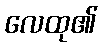
လေထု၏